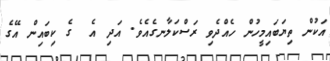
އަކުން ތިޔަބައިމީހުން ހެއްދެވި ރަސްކަލާނގެއެވެ. އަދި އެ  ގެ ކިބައިން އޭގެ